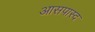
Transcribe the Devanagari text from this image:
आसपास्द